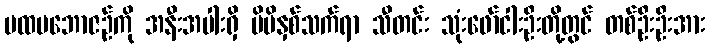
ပထမဘောဇဉ်ကို အနီးအပါးရှိ မိမိနှစ်သက်ရာ သီတင်း သုံးဖော်ငါးဦးတို့တွင် တစ်ဦးဦးအား